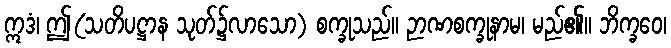
ဣဒံ၊ ဤ(သတိပဋ္ဌာန သုတ်၌လာသော) စက္ခုသည်။ ဉာဏစက္ခုနာမ၊ မည်၏။ ဘိက္ခဝေ၊